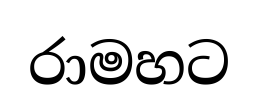
රාමහට